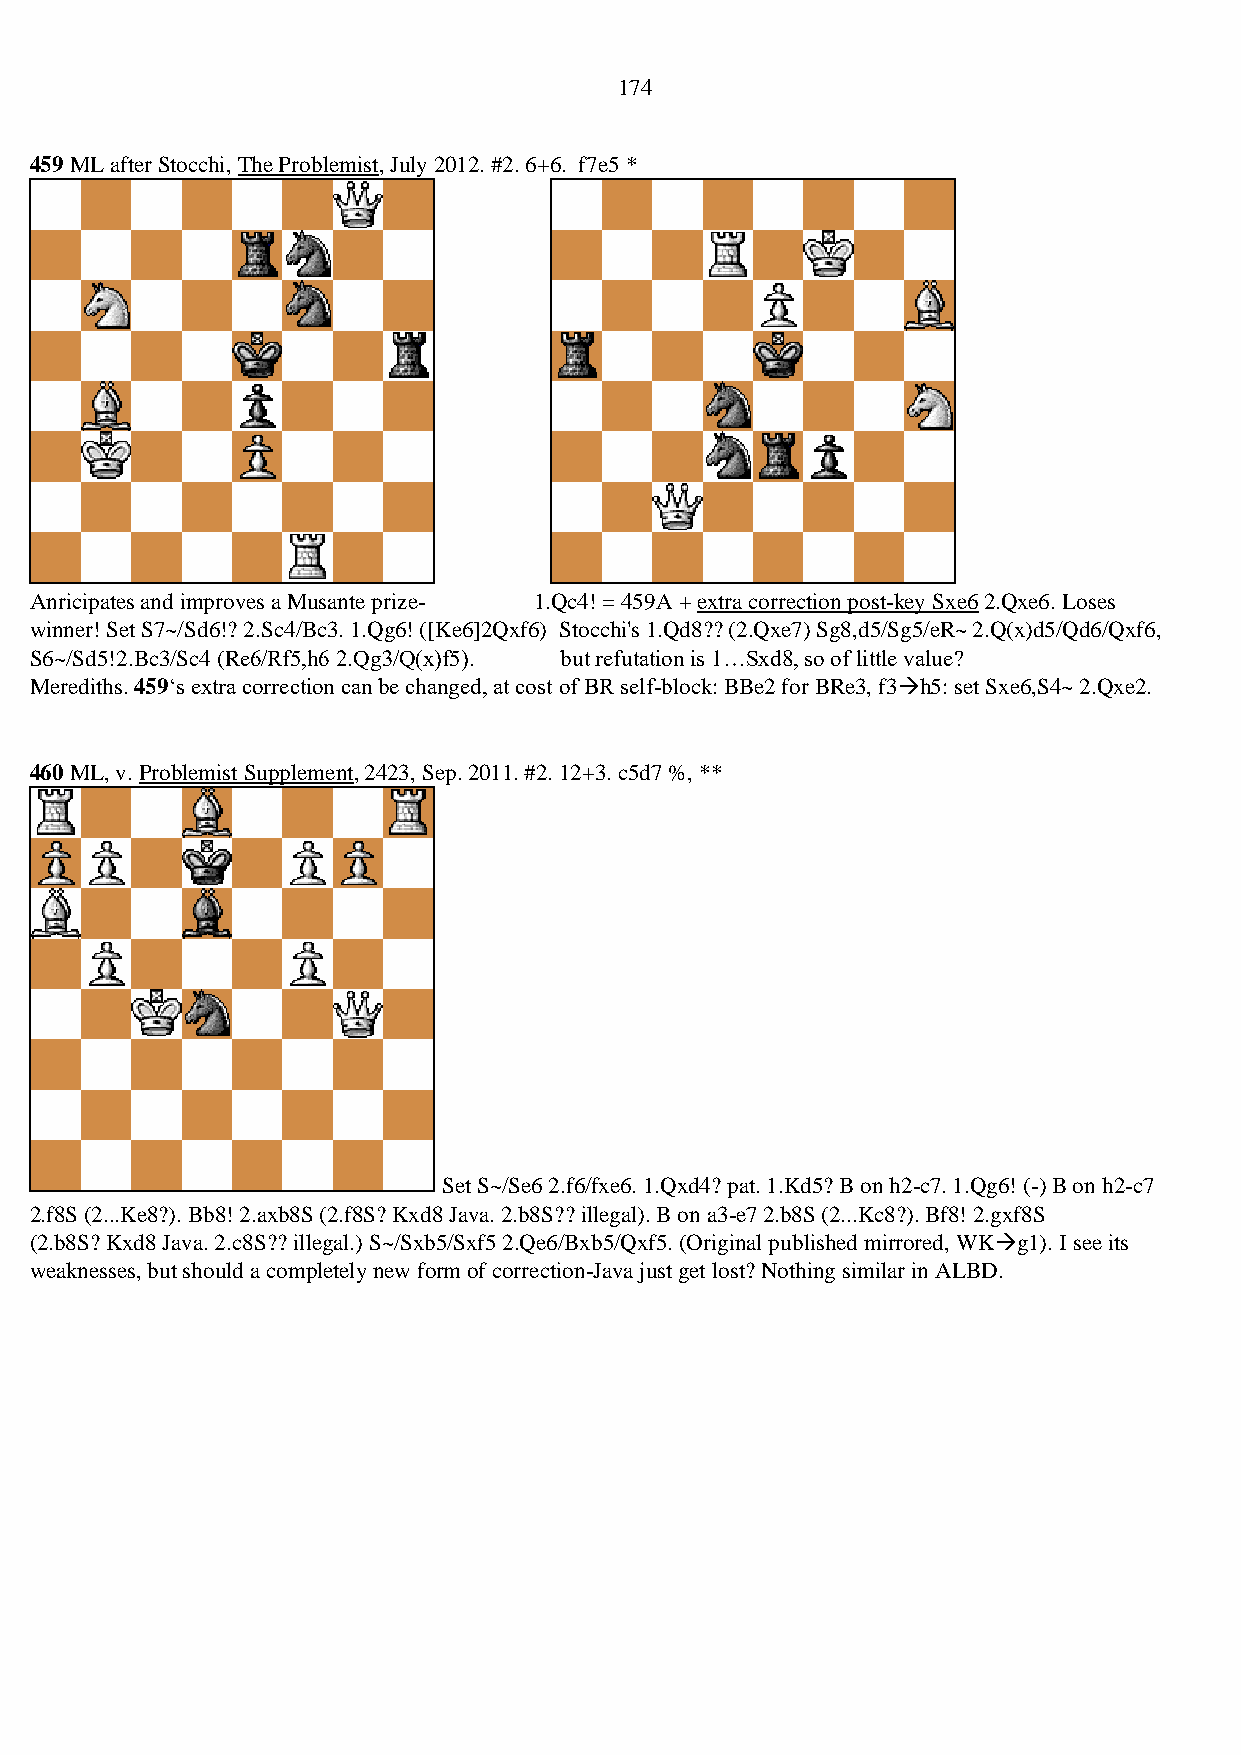
174
 459 ML after Stocchi, The Problemist, July 2012. #2. 6+6. f7e5 *
 Anricipates and improves a Musante prize- 1.Qc4! = 459A + extra correction post-key Sxe6 2.Qxe6. Loses
 winner! Set S7~/Sd6!? 2.Sc4/Bc3. 1.Qg6! ([Ke6]2Qxf6) Stocchi's 1.Qd8?? (2.Qxe7) Sg8,d5/Sg5/eR~ 2.Q(x)d5/Qd6/Qxf6,
 S6~/Sd5!2.Bc3/Sc4 (Re6/Rf5,h6 2.Qg3/Q(x)f5). but refutation is 1…Sxd8, so of little value?
 Merediths. 459‘s extra correction can be changed, at cost of BR self-block: BBe2 for BRe3, f3→h5: set Sxe6,S4~ 2.Qxe2.
 460 ML, v. Problemist Supplement, 2423, Sep. 2011. #2. 12+3. c5d7 %, **
 Set S~/Se6 2.f6/fxe6. 1.Qxd4? pat. 1.Kd5? B on h2-c7. 1.Qg6! (-) B on h2-c7
 2.f8S (2...Ke8?). Bb8! 2.axb8S (2.f8S? Kxd8 Java. 2.b8S?? illegal). B on a3-e7 2.b8S (2...Kc8?). Bf8! 2.gxf8S
 (2.b8S? Kxd8 Java. 2.c8S?? illegal.) S~/Sxb5/Sxf5 2.Qe6/Bxb5/Qxf5. (Original published mirrored, WK→g1). I see its
 weaknesses, but should a completely new form of correction-Java just get lost? Nothing similar in ALBD.